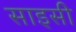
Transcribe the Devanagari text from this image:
साइसी